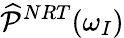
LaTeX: \widehat{\mathcal{P}}^{NRT}(\omega_{I})